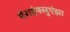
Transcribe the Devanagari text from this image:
पॅराइंफ्लुएंझा